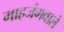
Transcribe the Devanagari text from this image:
माहजंगवाले